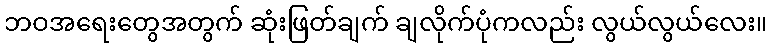
ဘဝအရေးတွေအတွက် ဆုံးဖြတ်ချက် ချလိုက်ပုံကလည်း လွယ်လွယ်လေး။